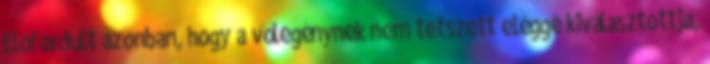
Előfordult azonban, hogy a vőlegénynek nem tetszett eléggé kiválasztottja,